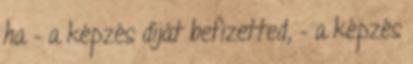
ha – a képzés díját befizetted, – a képzés